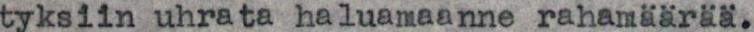
tyksiin uhrata haluamaanne rahamäärää.